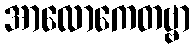
အာလောကေတဗ္ဗာ